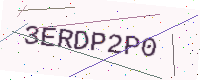
Text: 3ERDP2P0